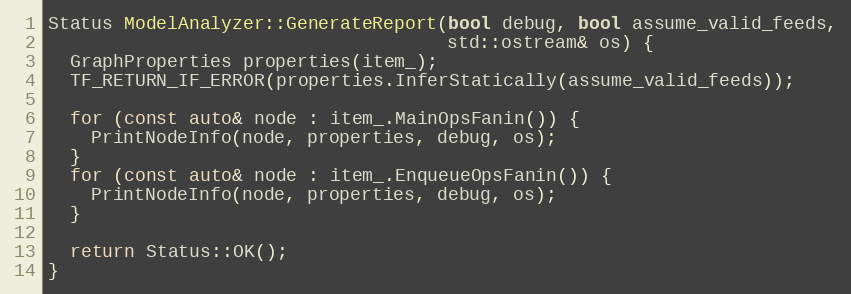
Language: C++
Status ModelAnalyzer::GenerateReport(bool debug, bool assume_valid_feeds,
                                     std::ostream& os) {
  GraphProperties properties(item_);
  TF_RETURN_IF_ERROR(properties.InferStatically(assume_valid_feeds));

  for (const auto& node : item_.MainOpsFanin()) {
    PrintNodeInfo(node, properties, debug, os);
  }
  for (const auto& node : item_.EnqueueOpsFanin()) {
    PrintNodeInfo(node, properties, debug, os);
  }

  return Status::OK();
}